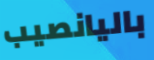
باليانصيب